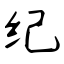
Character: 纪